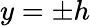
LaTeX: y=\pm h